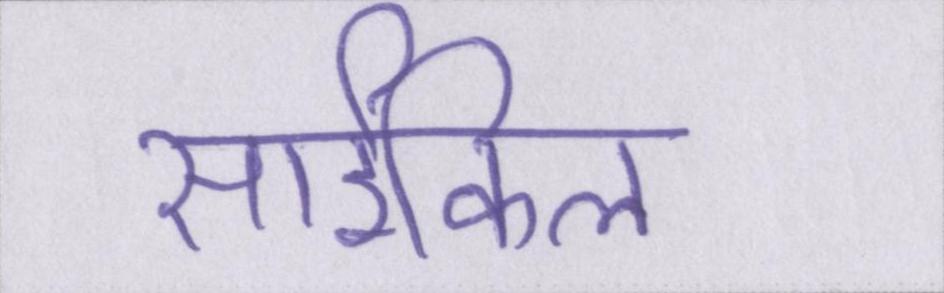
साईकिल